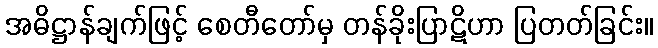
အဓိဋ္ဌာန်ချက်ဖြင့် စေတီတော်မှ တန်ခိုးပြာဋိဟာ ပြတတ်ခြင်း။